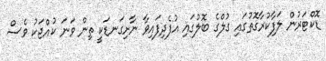
ޑޮކްޓަރުން ލަފާކުރާގޮތުގައި ގުލްގެ ބޮލުގައި އުފެދިފައިވާ ނާށިގަނޑަކީ ތިން ވަނަ ކުއްޖަކު ވެސް